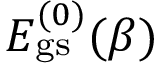
E _ { \mathrm { g s } } ^ { ( 0 ) } ( \beta )